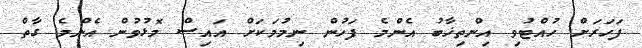
ފަހަރަށް ހުއްޓުވި އިންތިޚާބު އެންމެ ފަހުން ނިމުމަކަށް އައިސް މޮޅުވުން އެންމެ ގާތް